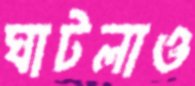
ঘাটলাও